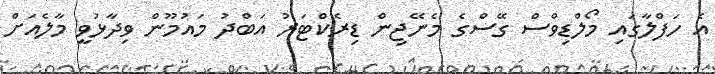
އެ ހަފްލާގައި މޯލްޑިވްސް ގޭސްގެ މެނޭޖިން ޑިރެކްޓަރު އަބްދު މައުމޫން ވިދާޅުވީ މާލެއަށް